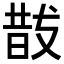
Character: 𭣚